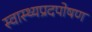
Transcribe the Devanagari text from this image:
स्वास्थ्यप्रदपोषण